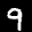
Label: 9